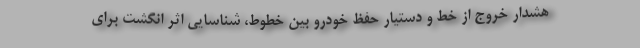
هشدار خروج از خط و دستیار حفظ خودرو بین خطوط، شناسایی اثر انگشت برای